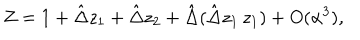
Z = 1 + \hat { \Delta } z _ { 1 } + \hat { \Delta } z _ { 2 } + \hat { \Delta } ( \hat { \Delta } z _ { 1 } \, z _ { 1 } ) + O ( \alpha ^ { 3 } ) ,